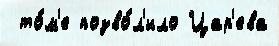
 то́м'е позво́л'ило Цар'ева